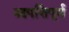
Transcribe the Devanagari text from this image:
आपत्तिपूर्ण